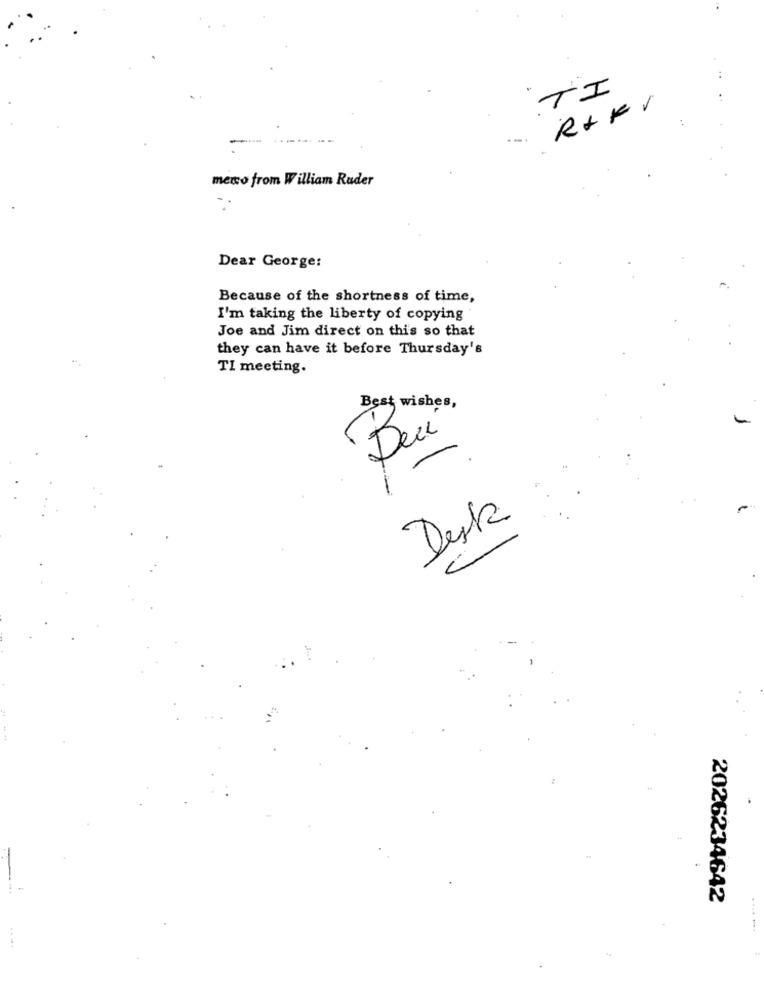
TI
RAKV
meno from William Ruder
Dear George:
Because of the shortness of time,
I'm taking the liberty of copying
Joe and Jim direct on this so that
they can have it before Thursday's
TI meeting.
Best wishes,
Bei
Desk
-
2026234642